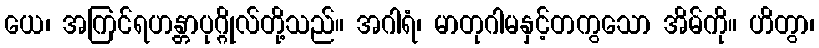
ယေ၊ အကြင်ရဟန္တာပုဂ္ဂိုလ်တို့သည်။ အဂါရံ၊ မာတုဂါမနှင့်တကွသော အိမ်ကို။ ဟိတွာ၊